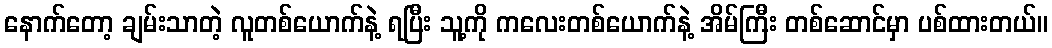
နောက်တော့ ချမ်းသာတဲ့ လူတစ်ယောက်နဲ့ ရပြီး သူ့ကို ကလေးတစ်ယောက်နဲ့ အိမ်ကြီး တစ်ဆောင်မှာ ပစ်ထားတယ်။